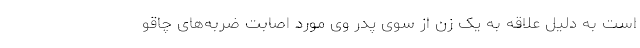
است به دلیل علاقه به یک زن از سوی پدر وی مورد اصابت ضربه‌های چاقو